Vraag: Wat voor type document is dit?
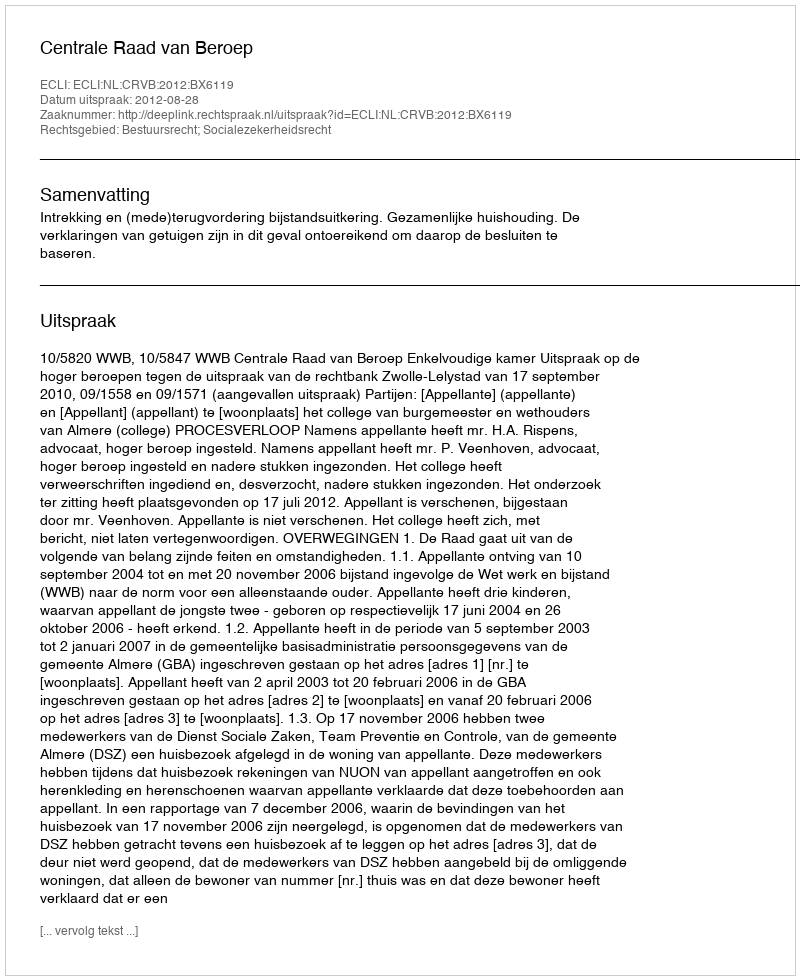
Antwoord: Uitspraak